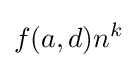
f(a,d)n^{k}